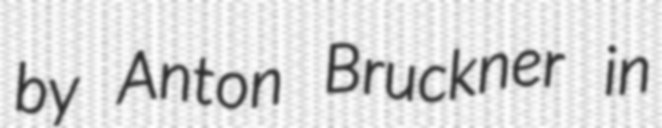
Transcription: by Anton Bruckner in